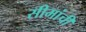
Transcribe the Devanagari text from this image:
सीमांची